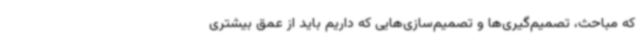
که مباحث، تصمیم‌گیری‌ها و تصمیم‌سازی‌هایی که داریم باید از عمق بیشتری